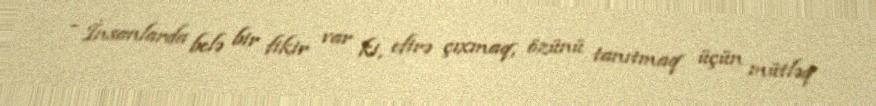
- İnsanlarda belə bir fikir var ki, efirə çıxmaq, özünü tanıtmaq üçün mütləq